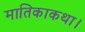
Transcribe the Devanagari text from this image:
मातिकाकथा।